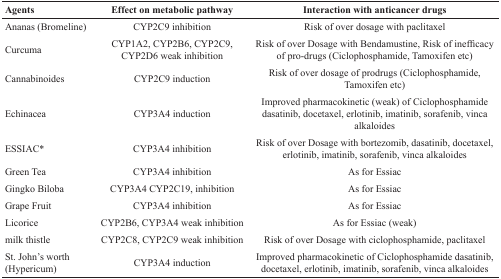
<table><thead><tr><td><b>Agents</b></td><td><b>Effect on metabolic pathway</b></td><td><b>Interaction with anticancer drugs</b></td></tr></thead><tbody><tr><td>Ananas (Bromeline)</td><td>CYP2C9 inhibition</td><td>Risk of over dosage with paclitaxel</td></tr><tr><td>Curcuma</td><td>CYP1A2, CYP2B6, CYP2C9, CYP2D6 weak inhibition</td><td>Risk of over Dosage with Bendamustine, Risk of inefficacy of pro-drugs (Ciclophosphamide, Tamoxifen etc)</td></tr><tr><td>Cannabinoides</td><td>CYP2C9 induction</td><td>Risk of over dosage of prodrugs (Ciclophosphamide, Tamoxifen etc)</td></tr><tr><td>Echinacea</td><td>CYP3A4 induction</td><td>Improved pharmacokinetic (weak) of Ciclophosphamide dasatinib, docetaxel, erlotinib, imatinib, sorafenib, vinca alkaloides</td></tr><tr><td>ESSIAC*</td><td>CYP3A4 inhibition</td><td>Risk of over Dosage with bortezomib, dasatinib, docetaxel, erlotinib, imatinib, sorafenib, vinca alkaloides</td></tr><tr><td>Green Tea</td><td>CYP3A4 inhibition</td><td>As for Essiac</td></tr><tr><td>Gingko Biloba</td><td>CYP3A4 CYP2C19, inhibition</td><td>As for Essiac</td></tr><tr><td>Grape Fruit</td><td>CYP3A4 inhibition</td><td>As for Essiac</td></tr><tr><td>Licorice</td><td>CYP2B6, CYP3A4 weak inhibition</td><td>As for Essiac (weak)</td></tr><tr><td>milk thistle</td><td>CYP2C8, CYP2C9 weak inhibition</td><td>Risk of over Dosage with ciclophosphamide, paclitaxel</td></tr><tr><td>St. John&#x27;s worth (Hypericum)</td><td>CYP3A4 induction</td><td>Improved pharmacokinetic of Ciclophosphamide dasatinib, docetaxel, erlotinib, imatinib, sorafenib, vinca alkaloides</td></tr></tbody></table>